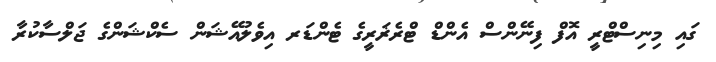
ގައި މިނިސްޓްރީ އޮފް ފިނޭންސް އެންޑް ޓްރެޜަރީގެ ޓެންޑަރ އިވެލުއޭޝަން ސެކްޝަންގެ ޖަލްސާކުރާ